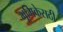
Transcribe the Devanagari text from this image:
भूमिकेसठी